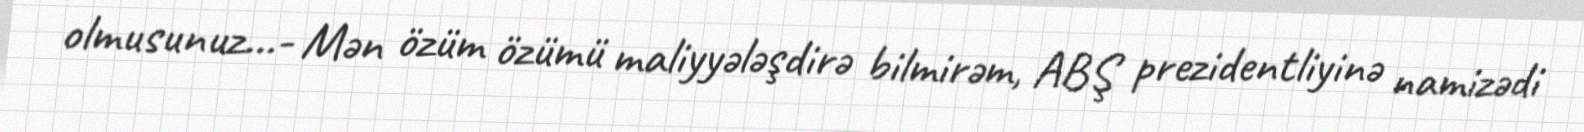
olmusunuz…- Mən özüm özümü maliyyələşdirə bilmirəm, ABŞ prezidentliyinə namizədi